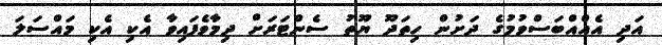
އަދި އެއްއްބަސްވުމުގެ ދަށުން ހިތަދޫ ޔޫތު ސެންޓަރަށް ދިމާވެފައިވާ އެކި އެކި މައްސަލަ